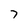
Character: 7